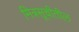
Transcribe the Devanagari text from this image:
मित्रसूचीतील